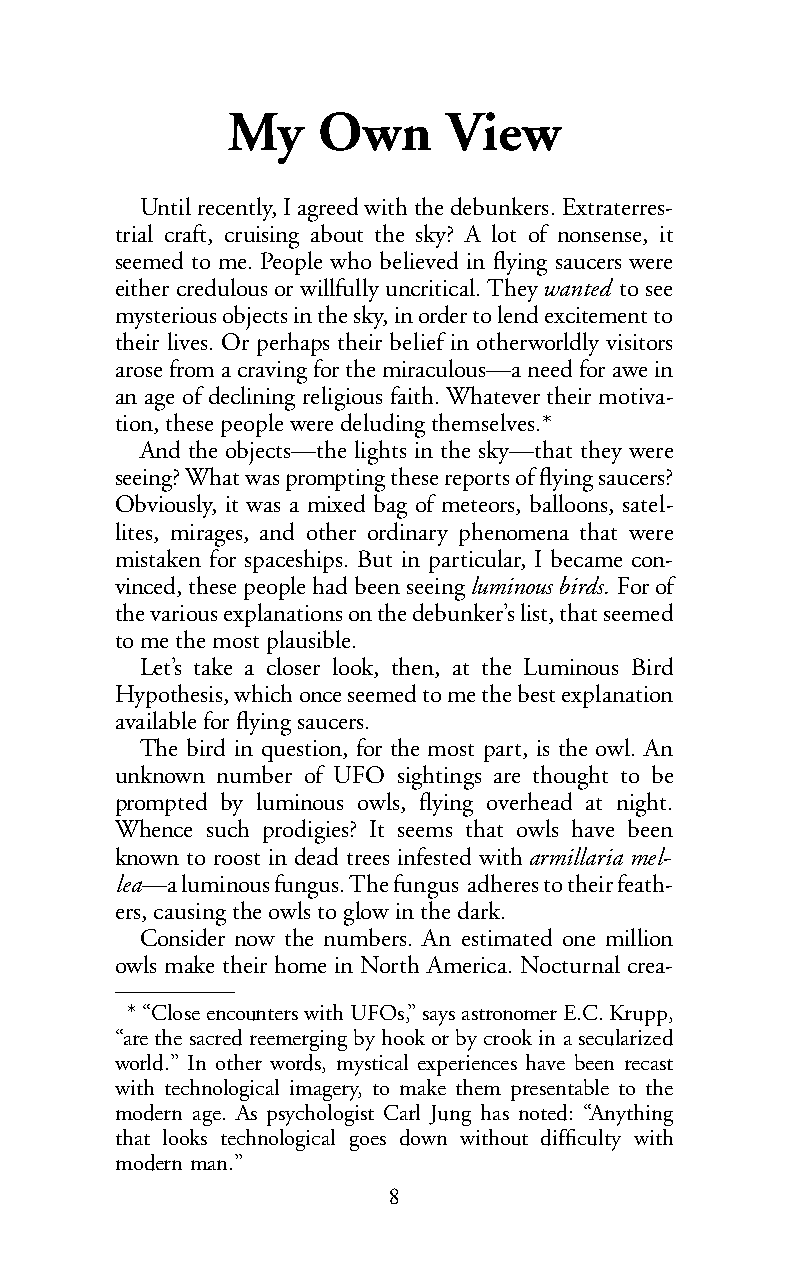
My    Own      View
 Until recently, I agreed with the debunkers. Extraterres-
 trial craft, cruising about the sky? A lot of nonsense, it
 seemed to me. People who believed in flying saucers were
 either credulous or willfully uncritical. Theywanted to see
 mysterious objects in the sky, in order to lend excitement to
 their lives. Or perhaps their belief in otherworldly visitors
 arose from a craving for the miraculous—a need for awe in
 an age of declining religious faith. Whatever their motiva-
 tion, these people were deluding themselves.*
 And the objects—the lights in the sky—that they were
 seeing? What was prompting these reports of flying saucers?
 Obviously, it was a mixed bag of meteors, balloons, satel-
 lites, mirages, and other ordinary phenomena that were
 mistaken for spaceships. But in particular, I became con-
 vinced, these people had been seeingluminous birds. For of
 the various explanations on the debunker’s list, that seemed
 to me the most plausible.
 Let’s take a closer look, then, at the Luminous Bird
 Hypothesis, which once seemed to me the best explanation
 available forflying saucers.
 The bird in question, for the most part, is the owl. An
 unknown number of UFO sightings are thought to be
 prompted by luminous owls, flying overhead at night.
 Whence such prodigies? It seems that owls have been
 known to roost in dead trees infested witharmillaria mel-
 lea—a luminous fungus. The fungus adheres to their feath-
 ers, causing theowls to glowin thedark.
 Consider now the numbers. An estimated one million
 owls make their home in North America. Nocturnal crea-
 *“Close encounters with UFOs,” says astronomer E.C. Krupp,
 “are the sacred reemerging by hook or by crook in a secularized
 world.” In other words, mystical experiences have been recast
 with technological imagery, to make them presentable to the
 modern age. As psychologist Carl Jung has noted: “Anything
 that looks technological goes down without difficulty with
 modern man.”
 